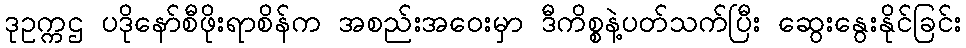
ဒုဥက္ကဌ ပဒိုနော်စီဖိုးရာစိန်က အစည်းအဝေးမှာ ဒီကိစ္စနဲ့ပတ်သက်ပြီး ဆွေးနွေးနိုင်ခြင်း